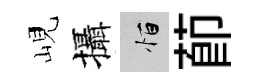
峴攝恒莭